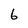
Character: 6